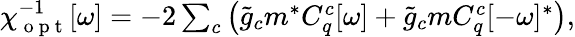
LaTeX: \begin{array}{r}{\chi_{\mathrm{~o~p~t~}}^{-1}[\omega]=-2\sum_{c}\left(\tilde{g}_{c}m^{*}C_{q}^{c}[\omega]+\tilde{g}_{c}mC_{q}^{c}[-\omega]^{*}\right),}\end{array}